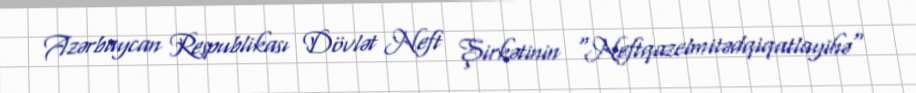
Azərbaycan Respublikası Dövlət Neft Şirkətinin "Neftqazelmitədqiqatlayihə"